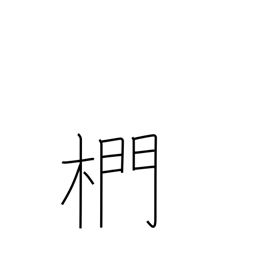
Meaning: oak used for charcoal